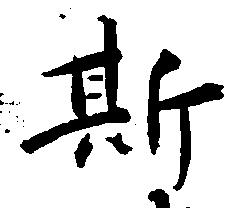
斯